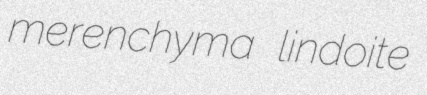
merenchyma lindoite